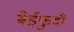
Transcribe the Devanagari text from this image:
बेईफुदी